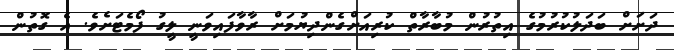
ދަށަށް ބަދަލުކުރުމުގެ އިތުރުން މުބާރާތް ކުރިއަށްގެންދިޔުމަށް ރާވާފައިވަނީ ލީގު ފޯމެޓަށެވެ. އެ ގޮތުން